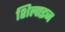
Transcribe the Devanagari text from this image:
शिलाइज